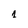
Character: 1